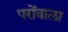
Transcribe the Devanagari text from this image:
परोंवाला